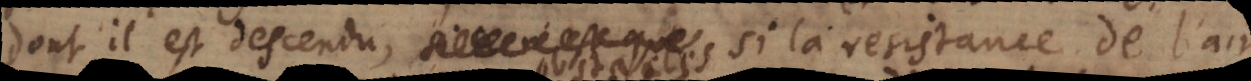
dont il est descendu, si la resistance de l’air